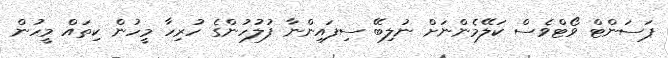
ޕަސަންޓް ވޯޓްވެސް ކަލޭމެންނަށް ނުލިބޭ ސިފައިންނާ ފުލުހުންގެ ހުރިހާ މީހުން ކިތައް މީހުން